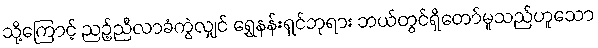
သို့ကြောင့် ညဉ့်ညီလာခံကွဲလျှင် ရွှေနန်းရှင်ဘုရား ဘယ်တွင်ရှိတော်မူသည်ဟူသော